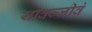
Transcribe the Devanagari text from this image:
यावज्जीवं